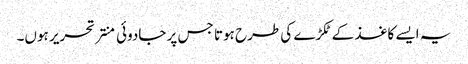
یہ ایسے کاغذ کے ٹکڑے کی طرح ہوتا جس پر جادوئی منتر تحریر ہوں۔